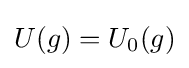
U(g)=U_{0}(g)